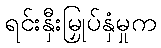
ရင်းနှီးမြှုပ်နှံမှုက